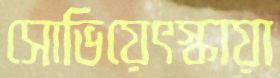
সোভিয়েৎস্কায়া